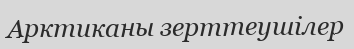
Арктиканы зерттеушілер